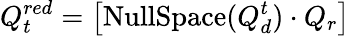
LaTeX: Q_{t}^{red}=\left[{\mathrm{NullSpace}}(Q_{d}^{t})\cdot Q_{r}\right]